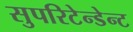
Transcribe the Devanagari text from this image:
सुपरिटेन्डेन्ट